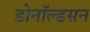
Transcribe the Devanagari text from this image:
डोनॉल्डसन